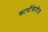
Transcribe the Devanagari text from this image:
कार्पोक्रेतीज़